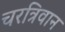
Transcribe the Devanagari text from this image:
चरत्रिवान